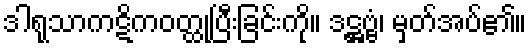
ဒါရုသာကဋိကဝတ္ထုပြီးခြင်းကို။ ဒဋ္ဌဗ္ဗံ၊ မှတ်အပ်၏။